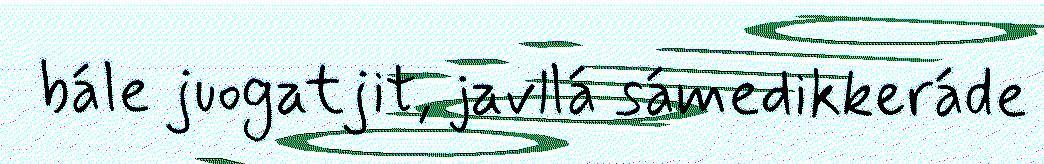
bále juogatjit, javllá sámedikkeráde